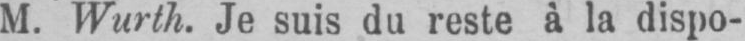
M. Wurth. Je suis du reste à la dispo-